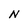
Character: N